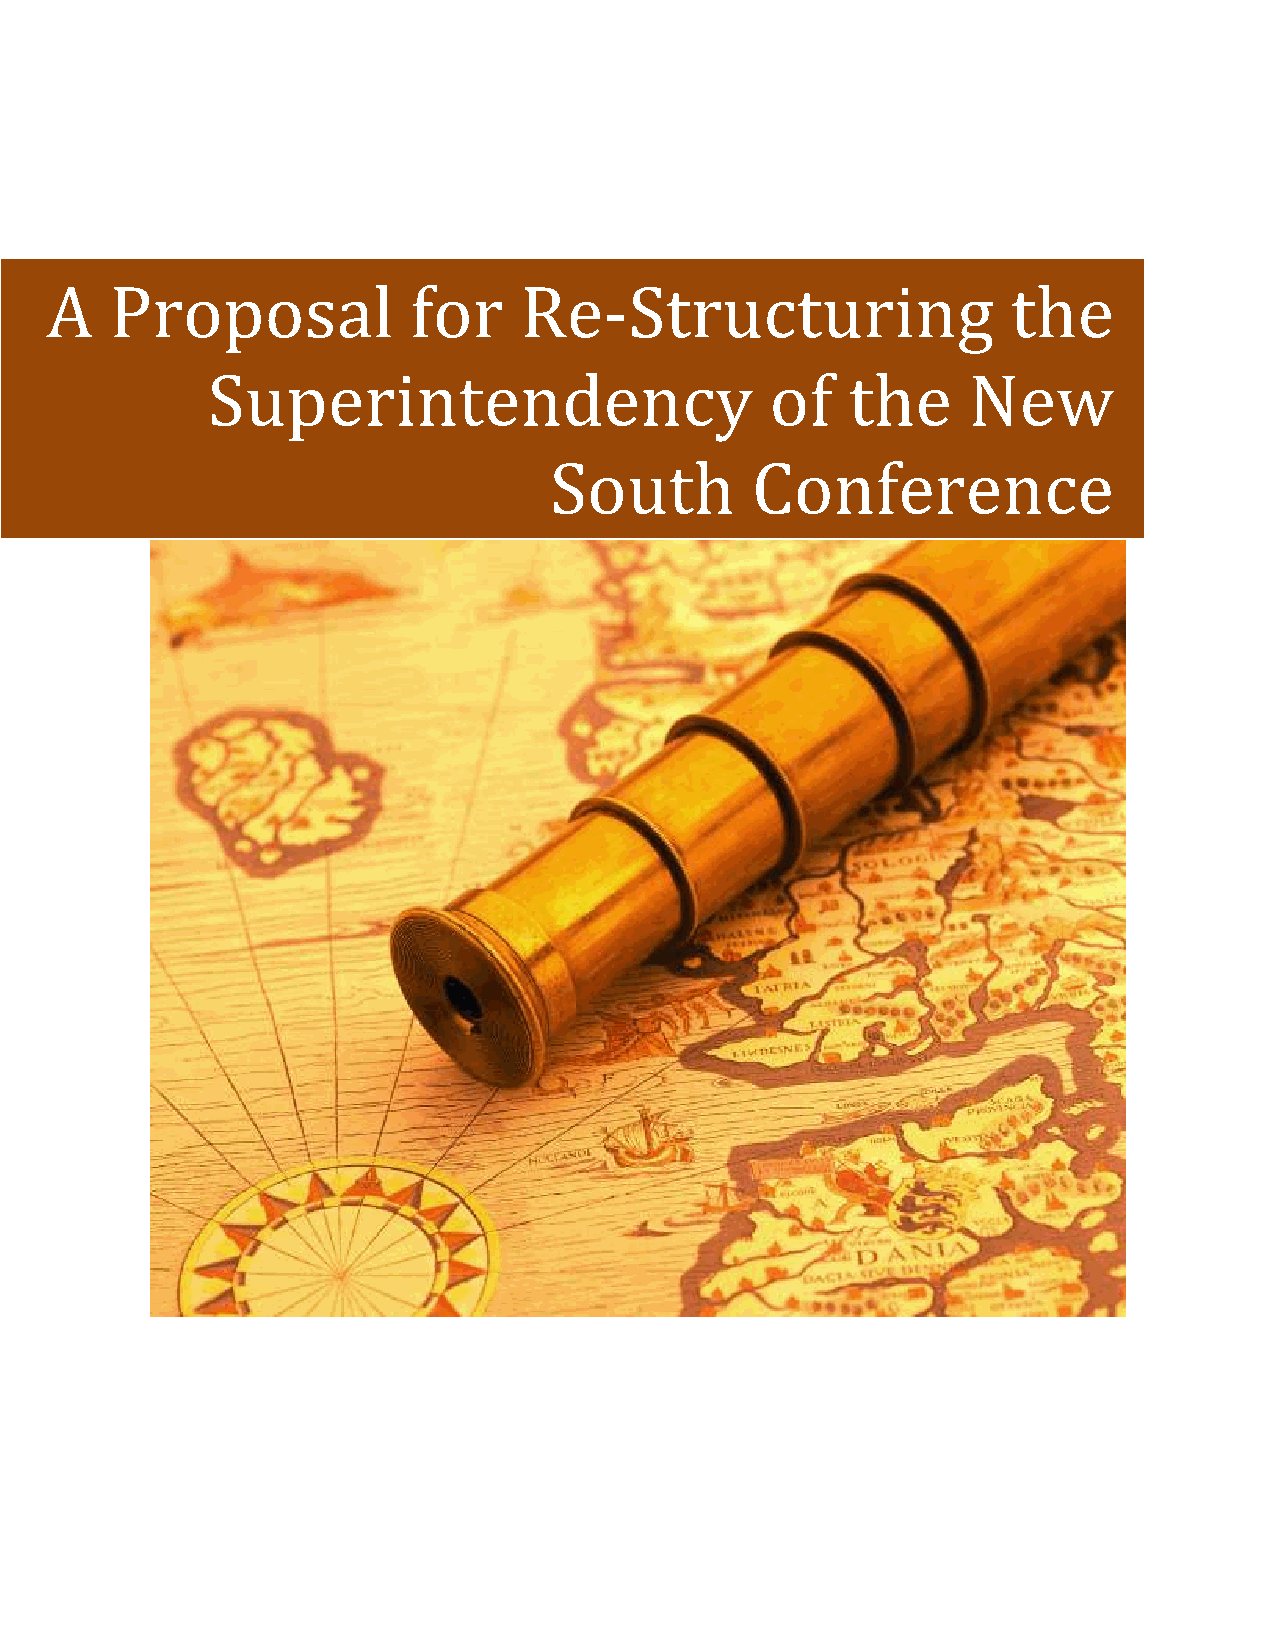
A   Proposal            for    Re-Structuring                   the
 Superintendency                      of   the     New
 South         Conference